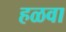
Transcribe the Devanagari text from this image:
हळवा